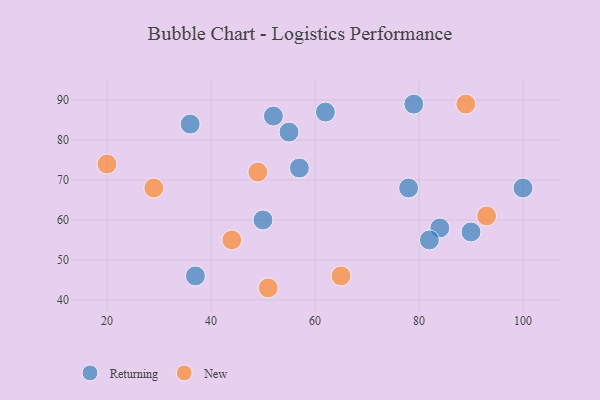
{"axis": {"x": "GDP", "y": "Life Expectancy"}, "legend": ["New", "Returning"], "data": [{"x": "79", "y": 89, "type": "Returning"}, {"x": "84", "y": 58, "type": "Returning"}, {"x": "52", "y": 86, "type": "Returning"}, {"x": "36", "y": 84, "type": "Returning"}, {"x": "50", "y": 60, "type": "Returning"}, {"x": "62", "y": 87, "type": "Returning"}, {"x": "82", "y": 55, "type": "Returning"}, {"x": "90", "y": 57, "type": "Returning"}, {"x": "37", "y": 46, "type": "Returning"}, {"x": "57", "y": 73, "type": "Returning"}, {"x": "55", "y": 82, "type": "Returning"}, {"x": "78", "y": 68, "type": "Returning"}, {"x": "100", "y": 68, "type": "Returning"}, {"x": "49", "y": 72, "type": "New"}, {"x": "20", "y": 74, "type": "New"}, {"x": "65", "y": 46, "type": "New"}, {"x": "44", "y": 55, "type": "New"}, {"x": "51", "y": 43, "type": "New"}, {"x": "89", "y": 89, "type": "New"}, {"x": "93", "y": 61, "type": "New"}, {"x": "29", "y": 68, "type": "New"}]}